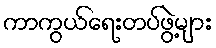
ကာကွယ်ရေးတပ်ဖွဲ့များ